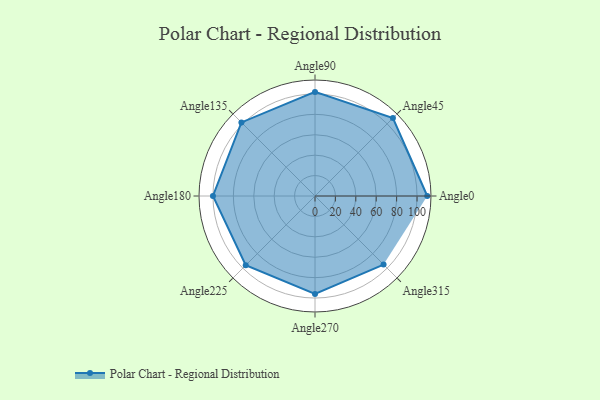
{"axis": {"x": "Angle", "y": "Radius"}, "legend": [""], "data": [{"x": "Angle0", "y": 110.0, "type": ""}, {"x": "Angle45", "y": 108.0, "type": ""}, {"x": "Angle90", "y": 102.0, "type": ""}, {"x": "Angle135", "y": 102.0, "type": ""}, {"x": "Angle180", "y": 100.0, "type": ""}, {"x": "Angle225", "y": 96.0, "type": ""}, {"x": "Angle270", "y": 96.0, "type": ""}, {"x": "Angle315", "y": 95.0, "type": ""}]}